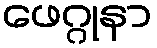
ဖေဂ္ဂုနာ